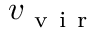
v _ { \mathrm { ~ v ~ i ~ r ~ } }